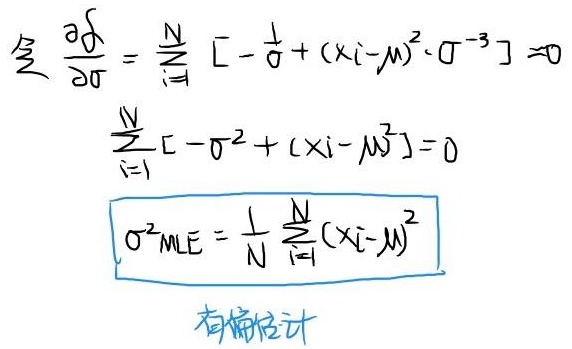
\[
\begin{align*}
\text{令} \frac{\partial \mathcal{L}}{\partial \sigma} &= \sum_{i = 1}^{N} \left[ -\frac{1}{\sigma} + (x_i - \mu)^2 \cdot \sigma^{-3} \right] = 0\\
\sum_{i = 1}^{N} \left[ -\sigma^2 + (x_i - \mu)^2 \right] &= 0\\
\sigma^2_{\text{MLE}} &= \frac{1}{N} \sum_{i = 1}^{N} (x_i - \mu)^2
\end{align*}
\]
有偏估计